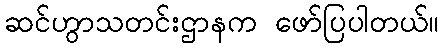
ဆင်ဟွာသတင်းဌာနက ဖော်ပြပါတယ်။